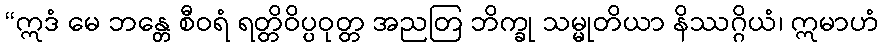
“ဣဒံ မေ ဘန္တေ စီဝရံ ရတ္တိဝိပ္ပဝုတ္တ အညတြ ဘိက္ခု သမ္မုတိယာ နိဿဂ္ဂိယံ၊ ဣမာဟံ